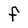
Character: F